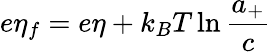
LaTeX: e\eta_{f}=e\eta+k_{B}T\ln\frac{a_{+}}{c}